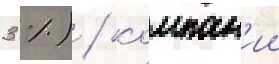
3 %) / компан'ии